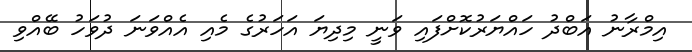
އިމްރާނު އަބްދު ހައްޔަރުކޮށްފައި ވަނީ މިދިޔަ އަހަރުގެ މެއި އެއްވަނަ ދުވަހު ބޭއްވި